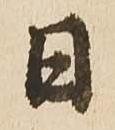
日